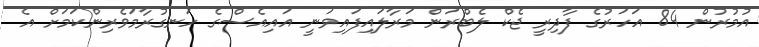
އުމުރުން 84 އަހަރުގެ ފާދިރީ ޖެކް ލެބްރަން މަރާލައިފައިވަނީ އައިއެސްގެ ހަނގުރާމަވެރިންކަމަށް އެ